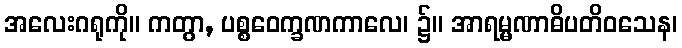
အလေးဂရုကို။ ကတွာ, ပစ္စဝေက္ခဏကာလေ၊ ၌။ အာရမ္မဏာဓိပတိဝသေန၊